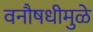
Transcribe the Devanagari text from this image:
वनौषधीमुळे